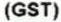
(GST)